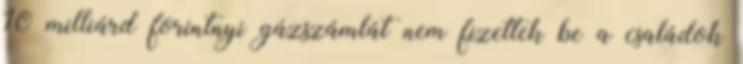
10 milliárd forintnyi gázszámlát nem fizettek be a családok